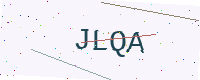
Text: JLQA